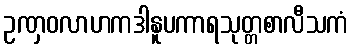
ဥဏှဝလာဟကဒါနူပကာရသုတ္တစာလီသကံ